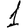
Digit: 1